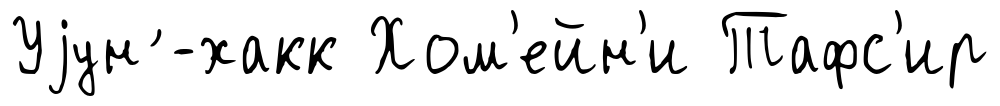
Уjун ́-хакк Хом'ейн'и Тафс'ир